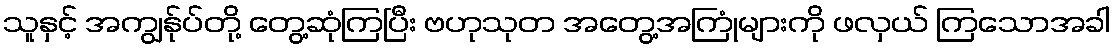
သူနှင့် အကျွန်ုပ်တို့ တွေ့ဆုံကြပြီး ဗဟုသုတ အတွေ့အကြုံများကို ဖလှယ် ကြသောအခါ